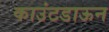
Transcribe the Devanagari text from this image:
काउंटडाऊन